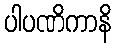
ပါပဏိကာနိ